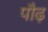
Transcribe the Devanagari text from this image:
पौढ़